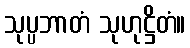
သုပ္ပဘာတံ သုဟုဋ္ဌိတံ။